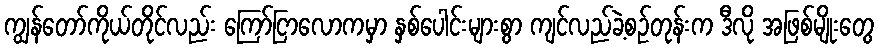
ကျွန်တော်ကိုယ်တိုင်လည်း ကြော်ငြာလောကမှာ နှစ်ပေါင်းများစွာ ကျင်လည်ခဲ့စဉ်တုန်းက ဒီလို အဖြစ်မျိုးတွေ